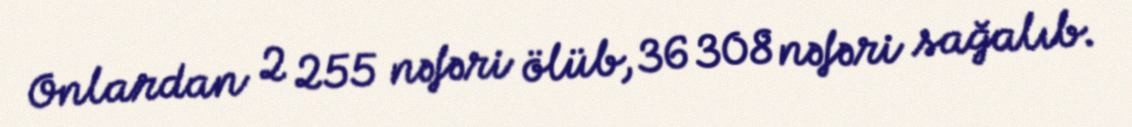
Onlardan 2 255 nəfəri ölüb, 36 308 nəfəri sağalıb.